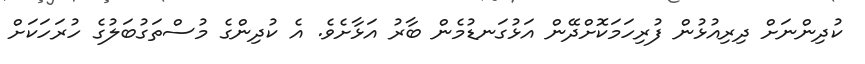
ކުދިންނަށް ދިރިއުޅުން ފުރިހަމަކޮށްދޭން އަޅުގަނޑުމެން ބާރު އަޅާށެވެ. އެ ކުދިންގެ މުސްތަގުބަލުގެ ހުރަހަކަށް